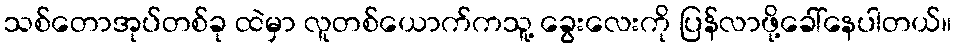
သစ်တောအုပ်တစ်ခု ထဲမှာ လူတစ်ယောက်ကသူ့ ခွေးလေးကို ပြန်လာဖို့ခေါ်နေပါတယ်။